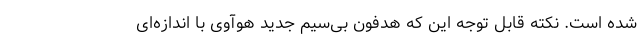
شده است. نکته قابل توجه این که هدفون بی‌سیم جدید هوآوی با اندازه‌ای